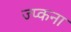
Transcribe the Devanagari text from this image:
ज्प्कना